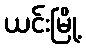
ယင်းမြို့